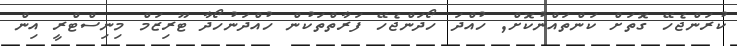
ކުރަންޖެހޭ ގޮތަށް ކަންތައްނުކޮށް